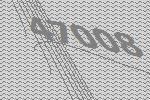
47008